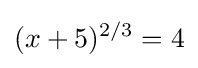
(x+5)^{2/3}=4